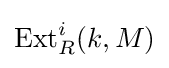
\operatorname {Ext} _{R}^{i}(k,M)